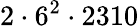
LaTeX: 2\cdot 6^{2}\cdot 2310